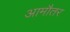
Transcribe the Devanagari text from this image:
आमौतर